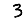
Digit: 3